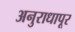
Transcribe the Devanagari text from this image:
अनुराधापूर